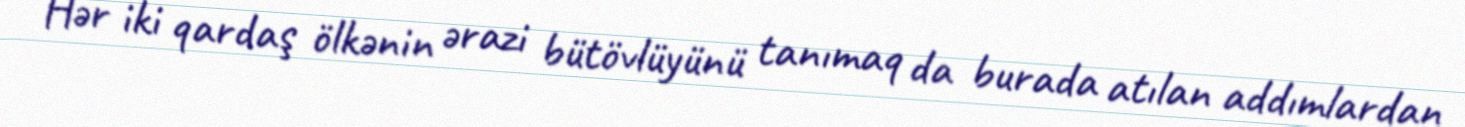
Hər iki qardaş ölkənin ərazi bütövlüyünü tanımaq da burada atılan addımlardan